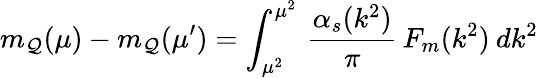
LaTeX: m_{\mathcal{Q}}(\mu)-m_{\mathcal{Q}}(\mu^{\prime})=\int_{\mu^{2}}^{\mu^{2}}\, \frac{{\alpha_{s}(k^{2})}}{{\pi}}\, F_{m}(k^{2})\: dk^{2}